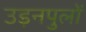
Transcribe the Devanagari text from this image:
उड़नपुलों